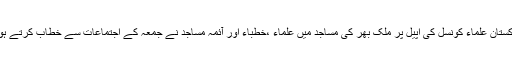
یہ بات پاکستان علماء کونسل کی اپیل پر ملک بھر کی مساجد میں علماء ،خطباء اور آئمہ مساجد نے جمعہ کے اجتماعات سے خطاب کرتے ہوئے کہی۔